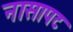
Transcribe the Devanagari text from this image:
नासापट